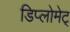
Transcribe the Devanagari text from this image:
डिप्लोमेट्